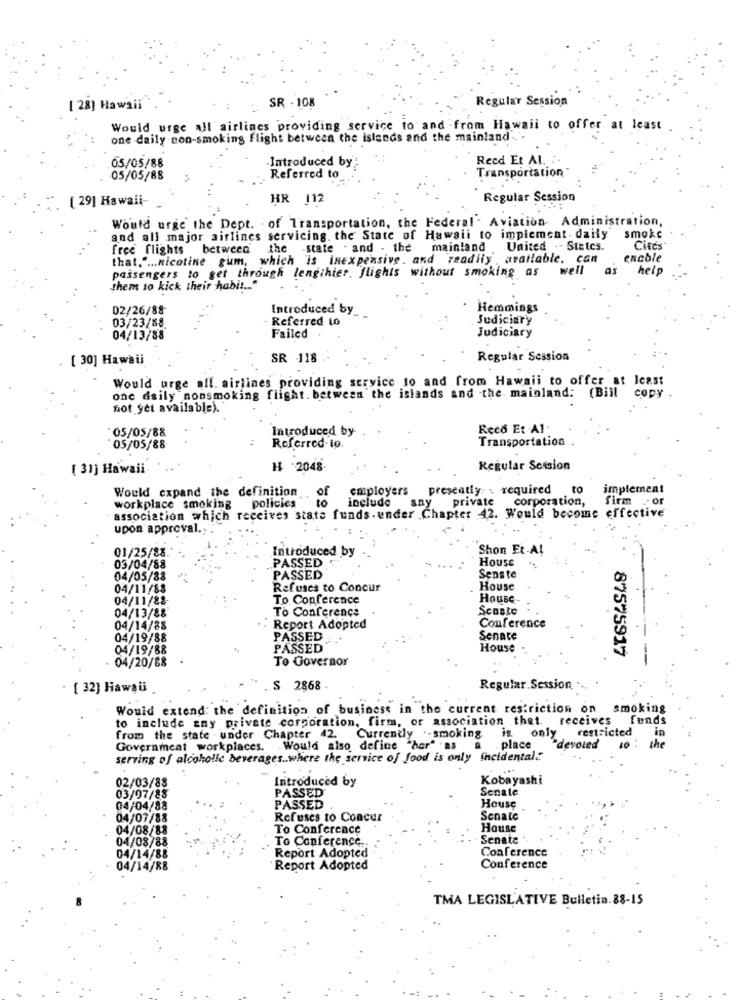
SR - 108
Regular Session
[ 28] Hawaii
Would urge all airlines providing service to and from Hawaii to offer at least
one daily non-smoking flight between the islands and the mainland"."-
Introduced by
Reed Et Al. :.
05/05/88
05/05/88
Referred to
Transportation
[ 29] Hawaii-
HR 112
Regular Session
Would urge the Dept. of Transportation, the Federal Aviation Administration,
and all major airlines servicing. the State of Hawaii to implement . daily
smoke
free flights between the -state . and . the mainland United -- Sittcs.
Cités
that." ... nicotine gum, which is inexpensive. and readily available. can
encole
passengers to get through lengihier. flights without smoking as
well
help
them to kick their habit ... "
02/26/88
Introduced by_
Hemmings
03/23/88
Referred to
Judiciary
04/13/88
Failed
Judiciary
[ 30] Hawaii
SR -118
Regular Session
Would urge all. airlines providing service to and from Hawaii to offer at least
one dsily nonsmoking flight. between the islands and the mainland: (Bill copy .
not yet available).
05/05/88
Introduced by
Reco Et Al.
Transportation
05/05/88
Referred-to.
[ 3]] Hawaii
H 2048
Regular Session
Would expand the definition
of
employers
presently . required
to
implement
10
include
sny
private
corporation,
firm
.. or
workplace smoking
association which receives state funds. under Chapter 42. Would become effective
policies
upon approval ...
01/25/88.
Introduced by
Shon Et-A!
PASSED
HOUSE
03/04/88
04/05/88
PASSED
Senste
04/11/88
Refuses to Concur
House
04/11/82-
To Conference
House
04/13/88
To Conference
Scosto
04/14/88
: Report Adopted
Conference
04/19/88
PASSED
Senate
04/19/88
PASSED
House
87575917
04/20/88
To Governor
[ 32] Hawaii
S 2868
Regular.Session
Would extend: the definition of business in the current restriction on smoking
to include zny private corporation, firm, or association that. receives funds
Currently .- smoking is.
restricted
from the state . under Chapter 42.
only
oled
the
in
Government workplaces.
Would also define "hor" as a
. place
10
serving of alcoholle beverages .. where the service of food is only incidental:
....
02/03/88
Introduced by
Kobayashi
Senate
03/07/88
PASSED
04/04/88
PASSED
House
04/07/88
Refuses to Concur
Senate
04/08/88
To Conference
House
04/08/88
To Conference.
Senate
Conference
04/14/88
Report Adopted
04/14/88
Report Adopted
Conference
TMA LEGISLATIVE Bulletin. 88-15